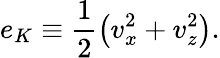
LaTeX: e_{K}\equiv\frac{1}{2}\left(v_{x}^{2}+v_{z}^{2}\right).